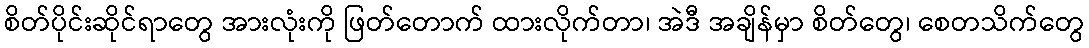
စိတ်ပိုင်းဆိုင်ရာတွေ အားလုံးကို ဖြတ်တောက် ထားလိုက်တာ၊ အဲဒီ အချိန်မှာ စိတ်တွေ၊ စေတသိက်တွေ